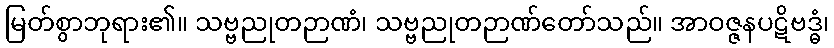
မြတ်စွာဘုရား၏။ သဗ္ဗညုတဉာဏံ၊ သဗ္ဗညုတဉာဏ်တော်သည်။ အာဝဇ္ဇနပဋိဗဒ္ဓံ၊